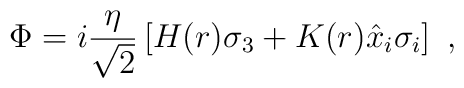
\Phi=i\frac{\eta}{\sqrt{2}}\left[H(r)\sigma_3+K(r)\hat{x}_i\sigma_i\right] \ ,